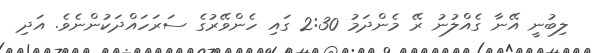
ލިބުނީ އޭނާ ގެއްލުނު ރޭ މެންދަމު 2:30 ގައި ހެންވޭރުގެ ސަރަހައްދަކުންނެވެ. އަދި